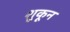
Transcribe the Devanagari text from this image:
शुकून